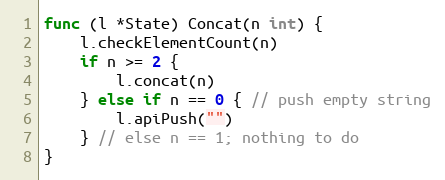
Language: Go
func (l *State) Concat(n int) {
	l.checkElementCount(n)
	if n >= 2 {
		l.concat(n)
	} else if n == 0 { // push empty string
		l.apiPush("")
	} // else n == 1; nothing to do
}